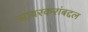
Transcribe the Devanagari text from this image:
सावरकरांबद्दल